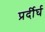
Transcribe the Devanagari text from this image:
प्रर्दीर्घ